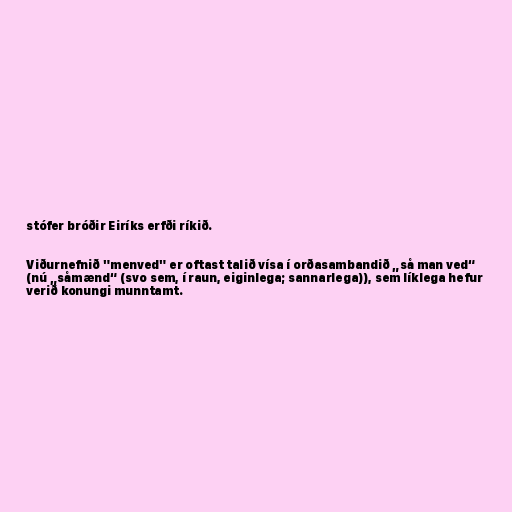
stófer bróðir Eiríks erfði ríkið.

Viðurnefnið "menved" er oftast talið vísa í orðasambandið „så man ved“
(nú „såmænd“ (svo sem, í raun, eiginlega; sannarlega)), sem líklega hefur
verið konungi munntamt.